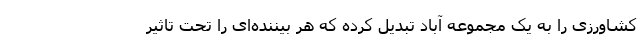
کشاورزی را به یک مجموعه آباد تبدیل کرده که هر بیننده‌ای را تحت تاثیر